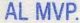
AL MVP.